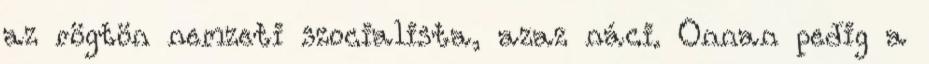
az rögtön nemzeti szocialista, azaz náci. Onnan pedig a